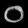
Digit: ၀